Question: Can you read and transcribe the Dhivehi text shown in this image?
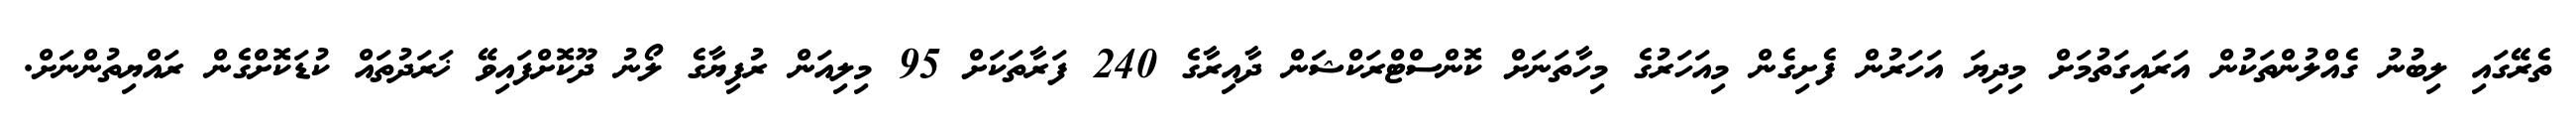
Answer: ތެރޭގައި ލިބުނު ގެއްލުންތަކުން އަރައިގަތުމަށް މިދިޔަ އަހަރުން ފެށިގެން މިއަހަރުގެ މިހާތަނަށް ކޮންސްޓްރަކްޝަން ދާއިރާގެ 240 ފަރާތަކަށް 95 މިލިއަން ރުފިޔާގެ ލޯނު ދޫކޮށްފައިވޭ ޚަރަދުތައް ކުޑަކޮށްގެން ރައްޔިތުންނަށް.